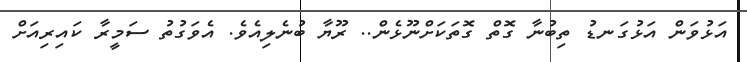
އަޅުވަން އަޅުގަނޑު ތިބުނާ ގޮތް ގޮތަކަށްނޫޅެން.. ރޫޔާ ބުނެލިއެވެ. އެވަގުތު ސަމީރާ ކައިރިއަށް